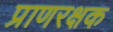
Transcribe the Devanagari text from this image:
प्राणरक्षक